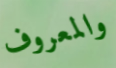
والمعروف